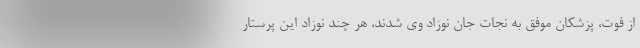
از فوت، پزشکان موفق به نجات جان نوزاد وی شدند، هر چند نوزاد این پرستار